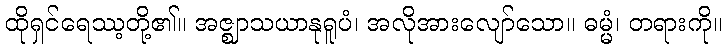
ထိုရှင်ရေဿ့တို့၏။ အဇ္ဈာသယာနုရူပံ၊ အလိုအားလျော်သော။ ဓမ္မံ၊ တရားကို။